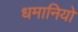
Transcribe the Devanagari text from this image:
धमानियो